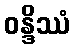
ဝန္ဒိဿံ